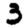
Digit: 3